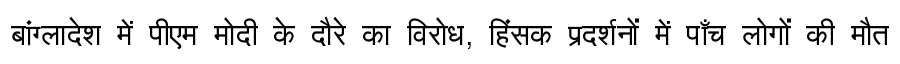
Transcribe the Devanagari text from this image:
बांग्लादेश में पीएम मोदी के दौरे का विरोध, हिंसक प्रदर्शनों में पाँच लोगों की मौत